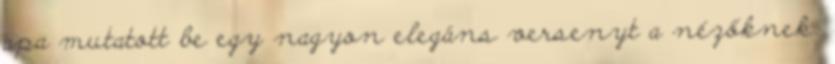
apa mutatott be egy nagyon elegáns versenyt a nézőknek.